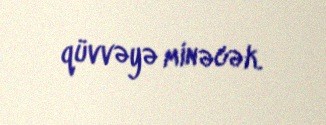
qüvvəyə minəcək.